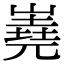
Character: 嶤